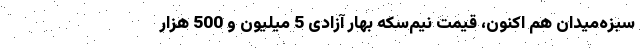
سبزه‌میدان هم اکنون، قیمت نیم‌سکه بهار آزادی 5 میلیون و 500 هزار